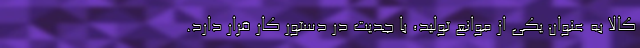
کالا به عنوان یکی از موانع تولید، با جدیت در دستور کار قرار دارد.